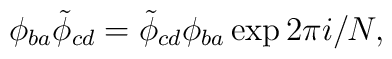
\phi_{ba} \tilde{\phi}_{cd} = \tilde{\phi}_{cd} \phi_{ba} \exp 2 \pi i/N,